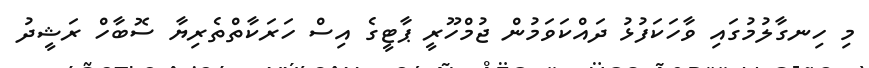
މި ހިނގާލުމުގައި ވާހަކަފުޅު ދައްކަަވަމުން ޖުމްހޫރީ ޕާޓީގެ އިސް ހަރަކާތްތެރިޔާ ސޮބާހް ރަޝީދު